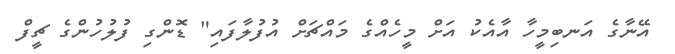
އޭނާގެ އަނބިމީހާ އާއެކު އަށް މީހެއްގެ މައްޗަށް އުފުލާފައި" ޑޮންގި ފުލުހުންގެ ޗީފް